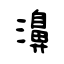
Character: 濞